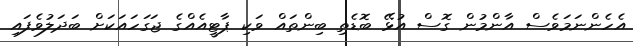
އެހެންނަމަވެސް އާންމުން ގޮސް އުޅޭ ބޮޑެތި ބިންތައް ވަކި ޕާޓީއެއްގެ ޖަގަހައަކަށް ބަދަލުވެފައި